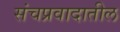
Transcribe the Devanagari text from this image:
संचप्रवादातील